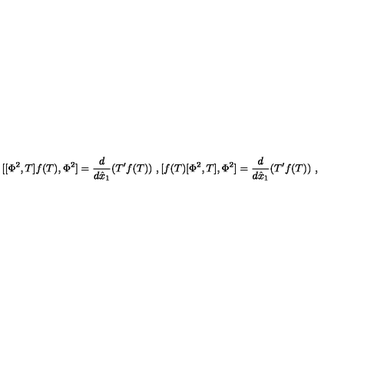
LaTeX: [ [ \Phi ^ { 2 } , T ] f ( T ) , \Phi ^ { 2 } ] = \frac { d } { d \hat { x } _ { 1 } } ( T ^ { \prime } f ( T ) ) \ , [ f ( T ) [ \Phi ^ { 2 } , T ] , \Phi ^ { 2 } ] = \frac { d } { d \hat { x } _ { 1 } } ( T ^ { \prime } f ( T ) ) \ ,